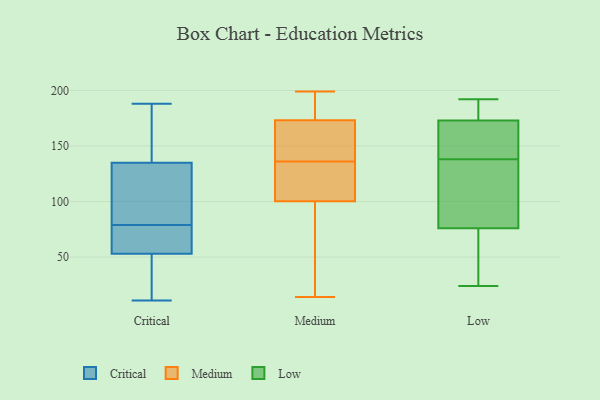
{"axis": {"x": "Market Share (%)", "y": "Value"}, "legend": ["Critical", "Low", "Medium"], "data": [{"x": "", "y": 15, "type": "Critical"}, {"x": "", "y": 54, "type": "Critical"}, {"x": "", "y": 106, "type": "Critical"}, {"x": "", "y": 188, "type": "Critical"}, {"x": "", "y": 160, "type": "Critical"}, {"x": "", "y": 132, "type": "Critical"}, {"x": "", "y": 135, "type": "Critical"}, {"x": "", "y": 80, "type": "Critical"}, {"x": "", "y": 39, "type": "Critical"}, {"x": "", "y": 133, "type": "Critical"}, {"x": "", "y": 135, "type": "Critical"}, {"x": "", "y": 20, "type": "Critical"}, {"x": "", "y": 170, "type": "Critical"}, {"x": "", "y": 53, "type": "Critical"}, {"x": "", "y": 77, "type": "Critical"}, {"x": "", "y": 78, "type": "Critical"}, {"x": "", "y": 56, "type": "Critical"}, {"x": "", "y": 11, "type": "Critical"}, {"x": "", "y": 199, "type": "Medium"}, {"x": "", "y": 182, "type": "Medium"}, {"x": "", "y": 148, "type": "Medium"}, {"x": "", "y": 14, "type": "Medium"}, {"x": "", "y": 172, "type": "Medium"}, {"x": "", "y": 136, "type": "Medium"}, {"x": "", "y": 130, "type": "Medium"}, {"x": "", "y": 104, "type": "Medium"}, {"x": "", "y": 164, "type": "Medium"}, {"x": "", "y": 177, "type": "Medium"}, {"x": "", "y": 92, "type": "Medium"}, {"x": "", "y": 131, "type": "Medium"}, {"x": "", "y": 172, "type": "Medium"}, {"x": "", "y": 95, "type": "Medium"}, {"x": "", "y": 89, "type": "Medium"}, {"x": "", "y": 199, "type": "Medium"}, {"x": "", "y": 102, "type": "Medium"}, {"x": "", "y": 192, "type": "Low"}, {"x": "", "y": 167, "type": "Low"}, {"x": "", "y": 39, "type": "Low"}, {"x": "", "y": 172, "type": "Low"}, {"x": "", "y": 133, "type": "Low"}, {"x": "", "y": 70, "type": "Low"}, {"x": "", "y": 187, "type": "Low"}, {"x": "", "y": 76, "type": "Low"}, {"x": "", "y": 96, "type": "Low"}, {"x": "", "y": 177, "type": "Low"}, {"x": "", "y": 24, "type": "Low"}, {"x": "", "y": 173, "type": "Low"}, {"x": "", "y": 143, "type": "Low"}, {"x": "", "y": 103, "type": "Low"}]}